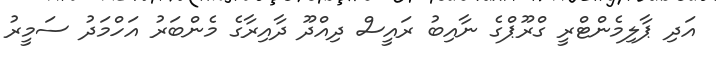
އަދި ޕާލިމެންޓްރީ ގްރޫޕްގެ ނާއިބު ރައީސް ދިއްދޫ ދާއިރާގެ މެންބަރު އަހްމަދު ސަމީރު